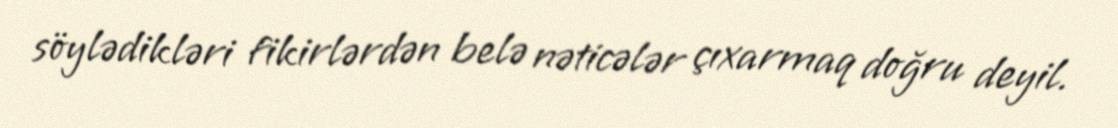
söylədikləri fikirlərdən belə nəticələr çıxarmaq doğru deyil.